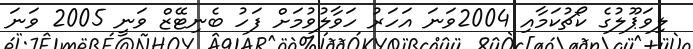
ލިވަޕޫލުގެ ކޯޗުކަމާއި 2004ވަނަ އަހަރު ހަވާލުވުމަށް ފަހު ބެނިޓޭޒް ވަނީ 2005 ވަނަ